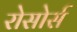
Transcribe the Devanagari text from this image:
रोसोर्स